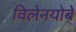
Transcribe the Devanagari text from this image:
विलेनयोबे